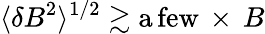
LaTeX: \langle\delta B^{2}\rangle^{1/2}\gtrsim\mathrm{a\, few}\, \times\, B